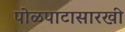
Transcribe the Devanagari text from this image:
पोळपाटासारखी